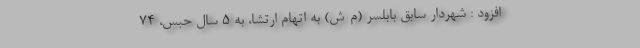
افزود : شهردار سابق بابلسر (م-ش) به اتهام ارتشا، به ۵ سال حبس، ۷۴